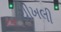
ચીખલી